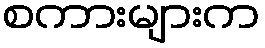
စကားများက